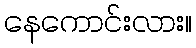
နေကောင်းလား။